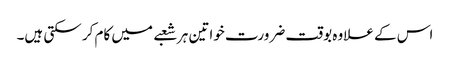
اس کے علاوہ بوقت ضرورت خواتین ہر شعبے میں کام کر سکتی ہیں۔